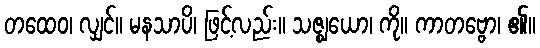
တထေဝ၊ လျှင်။ မနသာပိ၊ ဖြင့်လည်း။ သဇ္ဈယော၊ ကို။ ကာတဗ္ဗော၊ ၏။